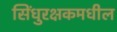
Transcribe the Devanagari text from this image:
सिंधुरक्षकमधील